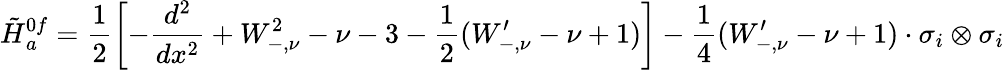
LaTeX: \tilde{H}{}_{a}^{0f}=\frac{1}{2}\left[-\frac{d^{2}}{dx^{2}}+W_{-,\nu}^{2}-\nu-3-\frac{1}{2}(W_{-,\nu}^{\prime}-\nu+1)\right]-\frac{1}{4}(W_{-,\nu}^{\prime}-\nu+1)\cdot\sigma_{i}\otimes\sigma_{i}